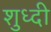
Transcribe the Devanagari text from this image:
शुध्दी